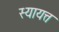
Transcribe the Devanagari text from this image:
स्यायत्त